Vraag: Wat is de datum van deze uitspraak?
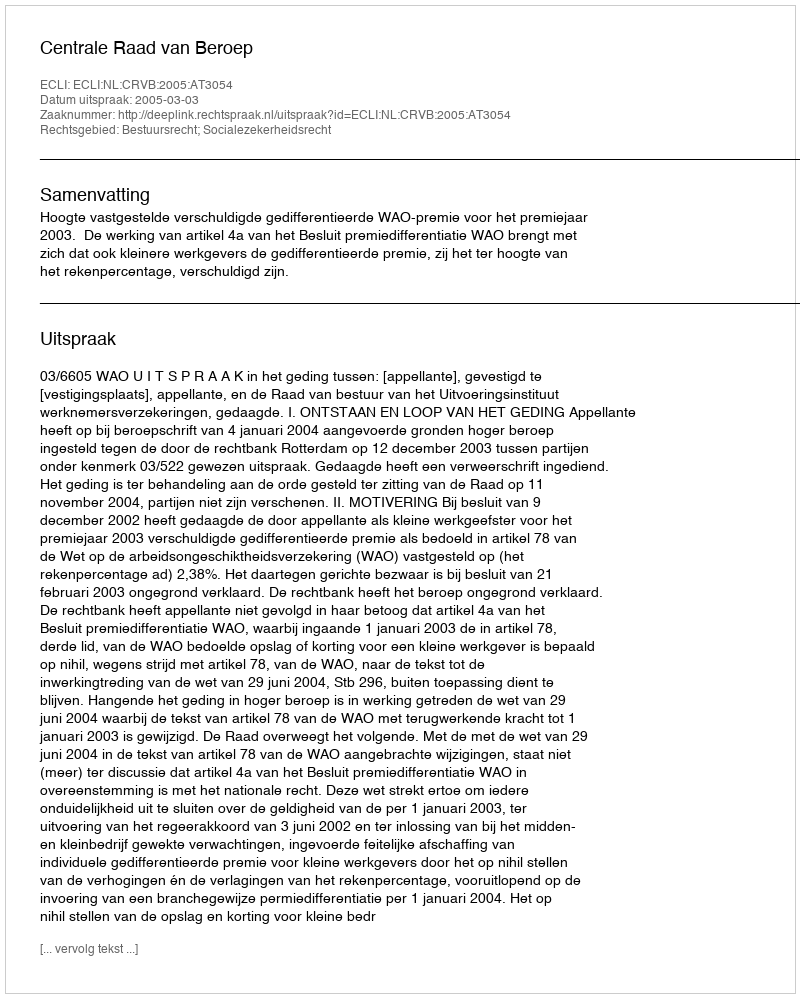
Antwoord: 2005-03-03